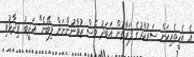
އެ އެހީތެރިކަން ސަރުކާރުގެ ފަރާތުން އަބަދު ވެސް ޒުވާނުންނަށް ލިބޭނެ" އަދީބު ވިދާޅުވި